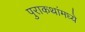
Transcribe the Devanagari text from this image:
पुराकथांमध्ये